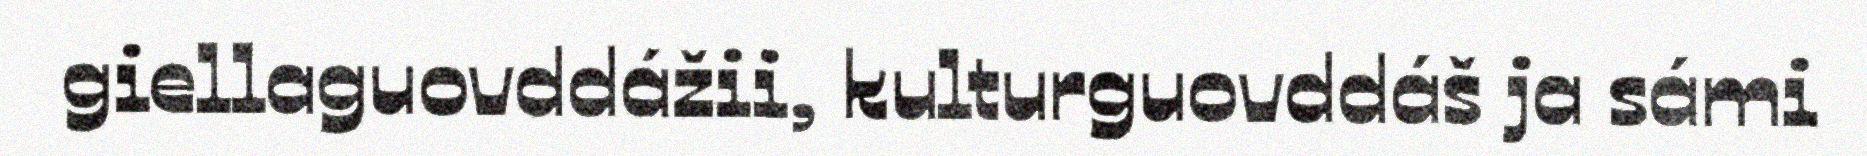
giellaguovddážii, kulturguovddáš ja sámi